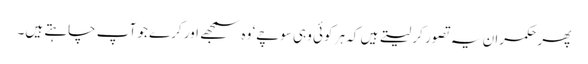
پھر حکمران یہ تصور کر لیتے ہیں کہ ہر کوئی وہی سوچے‘ وہ سمجھے اور کرے جو آپ چاہتے ہیں۔